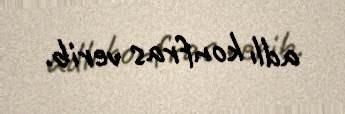
adlı konfras verib.